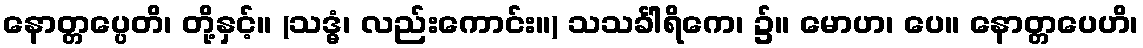
နောတ္တပ္ပေတိ၊ တို့နှင့်။ (သဒ္ဓံ၊ လည်းကောင်း။) သသင်္ခါရိကေ၊ ၌။ မောဟ၊ ပေ။ နောတ္တပေဟိ၊